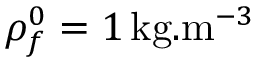
\rho _ { f } ^ { 0 } = 1 \, \mathrm { k g } . \mathrm { m } ^ { - 3 }